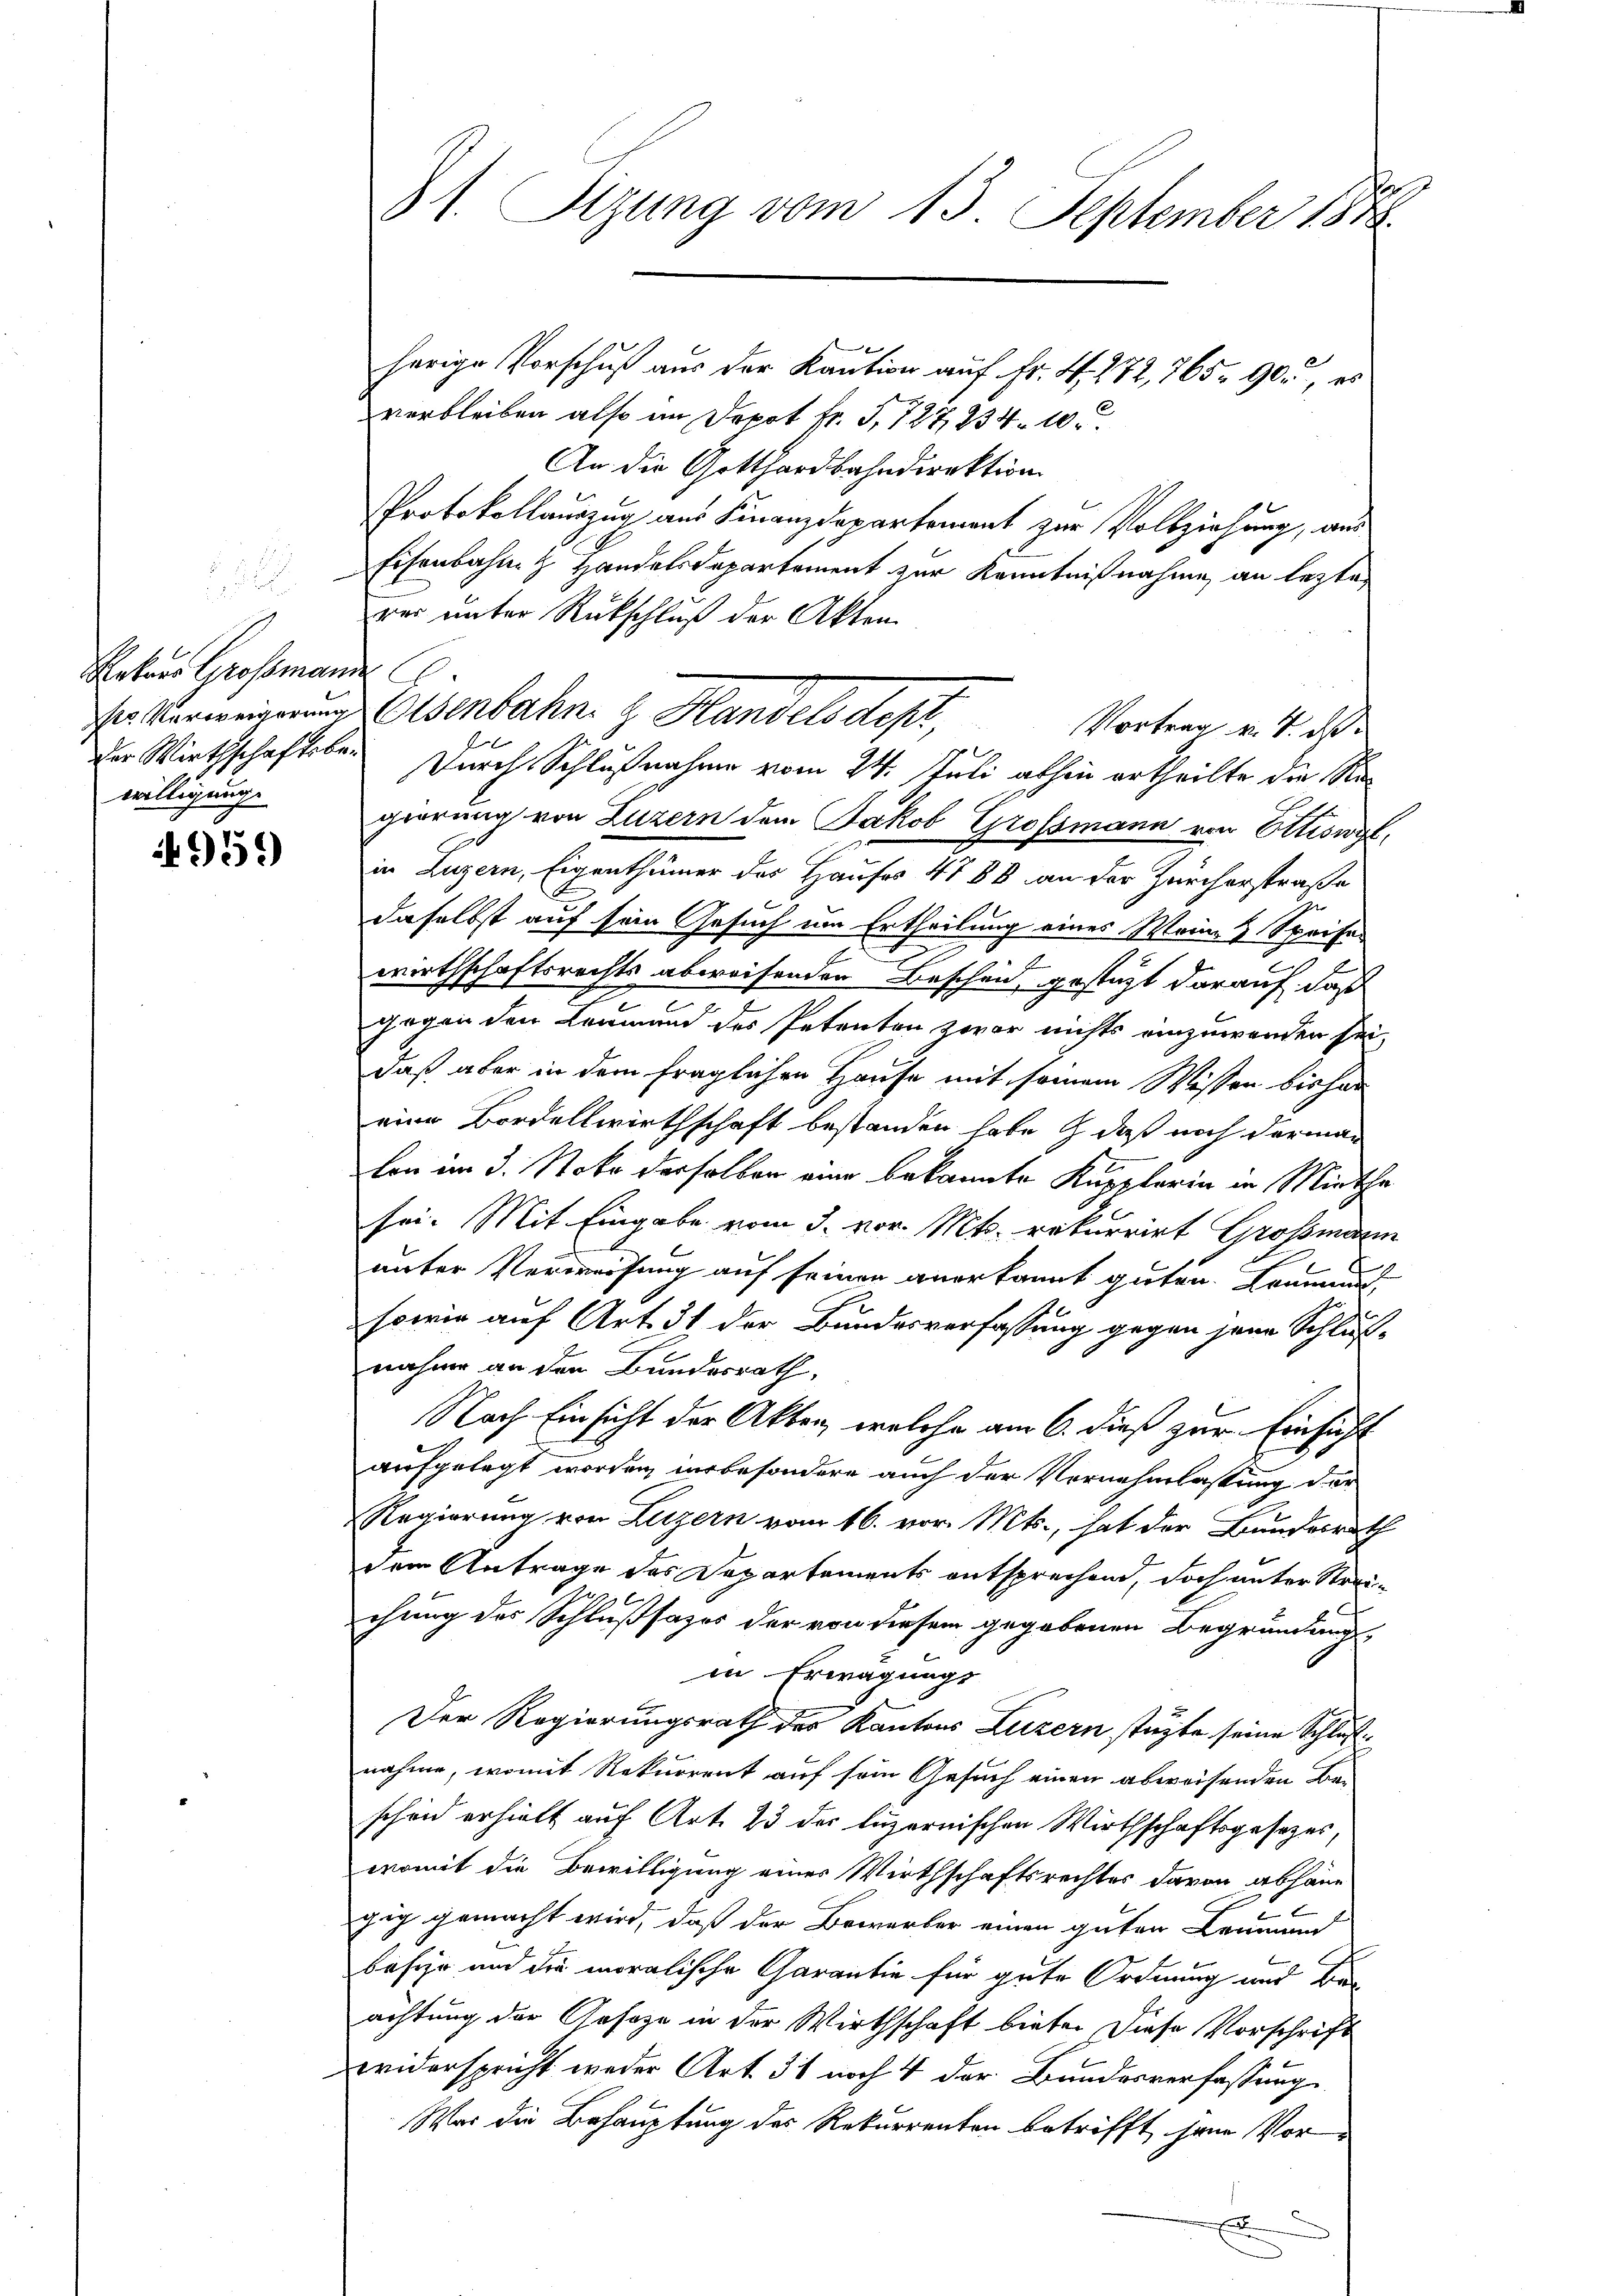
2
akers Grossmann
der Wirthschaftsbewilligung.

495.

kament
herige Vorschuß aus der Kaution auf Fr. 4. 272, 765. 90, es
verbleiben also im Depot fr. S. 727, 234. 10.
An die Gotthardbahndirektion
Protokollauszug aus Finanzdepartement zur Vollziehung, aus
Eisenbahn & Handelsdepartement zur Kenntnißnahme an lezte
rer unter Rückschluß der Akten
Durch Schlußnahme vom 24. Juli abhin ertheilte der Regeörung von Luzern dem Jakob Grossmann von Ettiswyl,
in Luzern, Eigenthümer des Hauses 4788 an der Zürcherstraße
daselbst auf sein Gesuch um Ertheilung eines Weine & Speise
g
wirthschaftsrechts abweisenden Beschen, gesteht darauf, daß
gogen den Leumund des Petenten zwar nichts einzuwenden sei,
daß aber in dem fraglichen Hause mit seinem Wissen bisher
eine Bordellwirthschaft bestanden habe & daß noch derman
lon am 3. Note derselben eine bekannte Kupplerin in Miethe
sei. Mit Eingabe vom 3. vor. Mts. rekurrirt Grossmann
n
.
unter Verweisung auf seinen anerkannt guten. Kommun
sowie auf Art. 31 der Bundesverfassung gegen jene Schluß-
nahme an den Bundesrath,
Nach Einsicht der Akten, welche am 6. dieß zur Einsicht
aufgelegt worden, insbesondere auch der Vernehmlassung der
Regierung von Luzern vom 16. vor. Mts., hat der Bundesrath
dem Antrage des Departements entsprechend, doch unter Strei-
chung des Schlußsazes der von diesem gegebenen Begründung
in Erwägungs
Der Regierungsrath des Kantons Luzern stüzte seine Schlußnahme, womit Rekurrent auf sein Gesuch einen abweisenden Bei
scheid erhielt auf Art. 23 der luzernischen Wirthschaftsgesetzes,
womit die Bewilligung einer Wirthschaftsrechtes davon abhäng
gig gemacht wird, daß der Bewerber einen guten Leumun
basir und die moralische Garantie für gute Ordnung und Ber
achtung der Geseze in der Wirthschaft biete. Diese Vorschrift
widerspricht weder Art. 31 noch 4 der Bundesverfassung
War die Behauptung des Rekurrenten betrifft, hane Vor-
.

31. Sizung vom 13. September 1848.

Er Verweigerung Eisenbahn z. Handels des

Vortrag v. 4. de